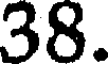
38.